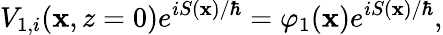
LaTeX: V_{1,i}(\mathbf{x},z=0)e^{iS(\mathbf{x})/\hbar}=\varphi_{1}(\mathbf{x})e^{iS(\mathbf{x})/\hbar},